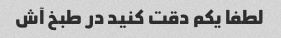
لطفا یکم دقت کنید در طبخ آش